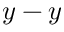
y - y